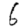
Digit: 6